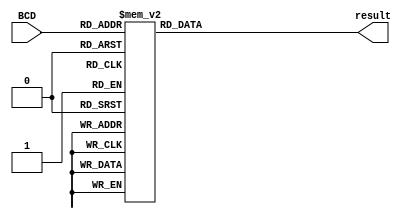
`timescale 1ns / 1ps
module BCD_decoder(
    input [3:0]BCD,
    output reg [7:0] result
    );
    initial result = 8'b11111111;
    always @(BCD)
        case (BCD)
         4'd0:result=8'b00000011;
         4'd1:result=8'b10011111;
         4'd2:result=8'b00100101;
         4'd3:result=8'b00001101;
         4'd4:result=8'b10011001;
         4'd5:result=8'b01001001;
         4'd6:result=8'b01000001;
         4'd7:result=8'b00011111;
         4'd8:result=8'b00000001;
         4'd9:result=8'b00001001;
        default: result=8'b11111111;
        endcase
endmodule